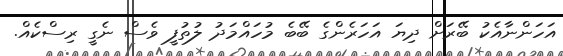
އަހަންނާއެކު ބޭރަށް ދިޔަ އަހަރެންގެ ބޭބެ މުހައްމަދު ލުތުފީ ވެސް ނެގީ ރިސްކެއް.